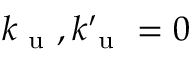
k _ { \mathrm { ~ u ~ } } , k _ { \mathrm { ~ u ~ } } ^ { \prime } = 0